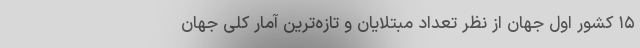
۱۵ کشور اول جهان از نظر تعداد مبتلایان و تازه‌ترین آمار کلی جهان